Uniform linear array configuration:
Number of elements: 48
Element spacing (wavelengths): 0.25
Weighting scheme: uniform
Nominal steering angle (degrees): -15
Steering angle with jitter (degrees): -15.582
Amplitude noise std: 0.05
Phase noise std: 0.05

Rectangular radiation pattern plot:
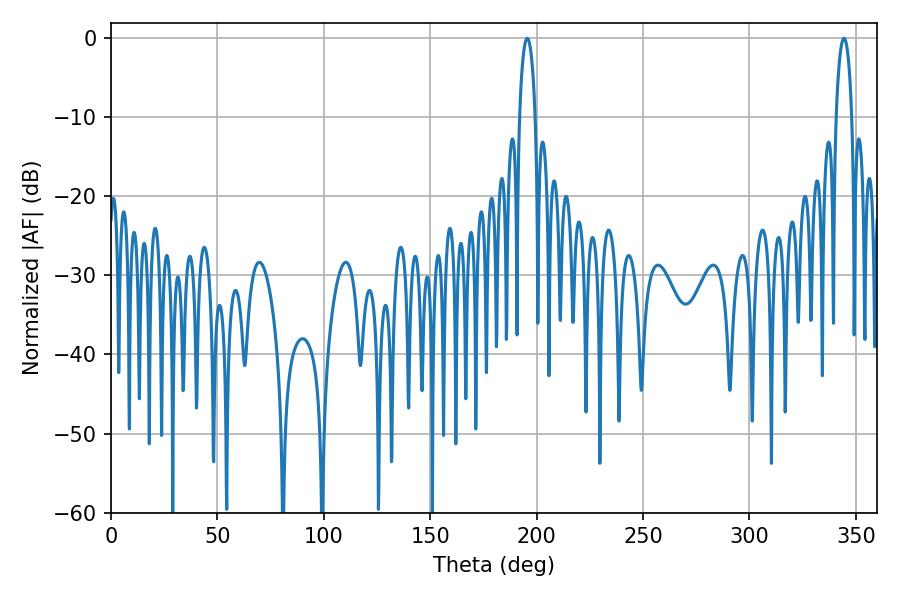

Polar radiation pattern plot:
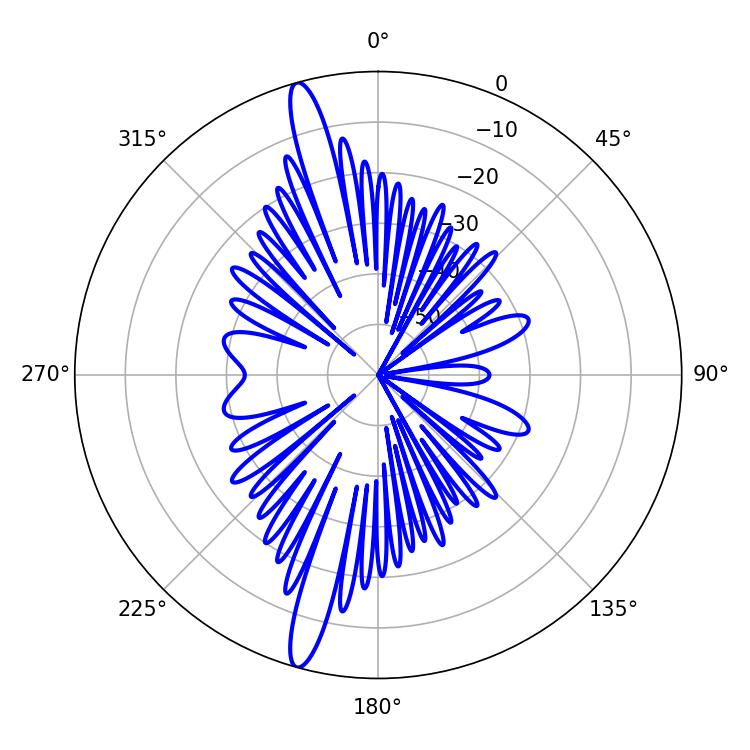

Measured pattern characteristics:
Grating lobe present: FALSE
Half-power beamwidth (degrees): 4.14
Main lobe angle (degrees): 195.66